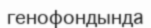
генофондында